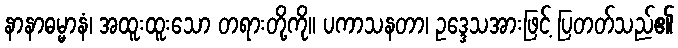
နာနာဓမ္မာနံ၊ အထူးထူးသော တရားတို့ကို။ ပကာသနတာ၊ ဥဒ္ဒေသအားဖြင့် ပြတတ်သည်၏